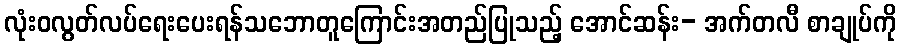
လုံးဝလွတ်လပ်ရေးပေးရန်သဘောတူကြောင်းအတည်ပြုသည့် အောင်ဆန်း- အက်တလီ စာချုပ်ကို